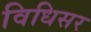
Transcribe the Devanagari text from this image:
विधिसर